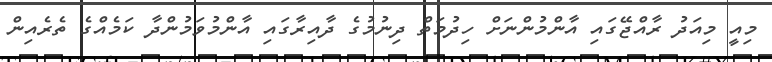
މިއީ މިއަދު ރާއްޖޭގައި އާންމުންނަށް ހިދުމަތް ދިނުމުގެ ދާއިރާގައި އާންމުވަމުންދާ ކަމެއްގެ ތެރެއިން